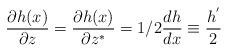
LaTeX: \begin{align*} \frac{\partial h(x)}{\partial z} = \frac{\partial h(x)}{\partial z^{*}} = 1/2 \frac{dh}{dx} \equiv \frac{h^{'}}{2}\end{align*}